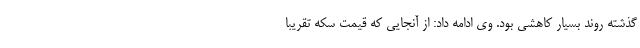
گذشته روند بسیار کاهشی بود. وی ادامه داد: از آنجایی که قیمت سکه تقریبا